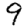
Digit: 9